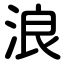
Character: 浪